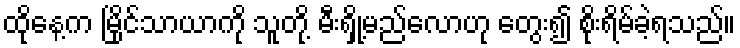
ထိုနေ့က မြိုင်သာယာကို သူတို့ မီးရှို့မည်လောဟု တွေး၍ စိုးရိမ်ခဲ့ရသည်။